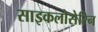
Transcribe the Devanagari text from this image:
साइकलोसेरिन